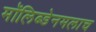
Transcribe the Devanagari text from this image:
मॉलिब्डेनमलाच